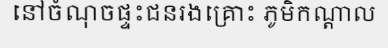
នៅចំណុចផ្ទះជនរងគ្រោះ ភូមិកណ្តាល